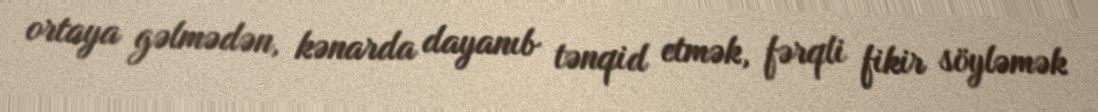
ortaya gəlmədən, kənarda dayanıb tənqid etmək, fərqli fikir söyləmək